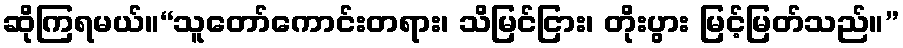
ဆိုကြရမယ်။“သူတော်ကောင်းတရား၊ သိမြင်ငြား၊ တိုးပွား မြင့်မြတ်သည်။”